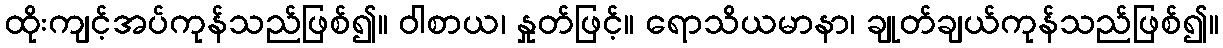
ထိုးကျင့်အပ်ကုန်သည်ဖြစ်၍။ ဝါစာယ၊ နှုတ်ဖြင့်။ ရောသိယမာနာ၊ ချုတ်ချယ်ကုန်သည်ဖြစ်၍။